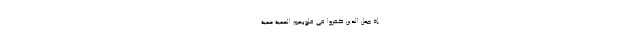
إِذْ جَعَلَ الَّذِينَ كَفَرُوا فِي قُلُوبِهِمُ الْحَمِيَّةَ حَمِيَّةَ